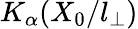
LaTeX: K_{\alpha}(X_{0}/l_{\perp})